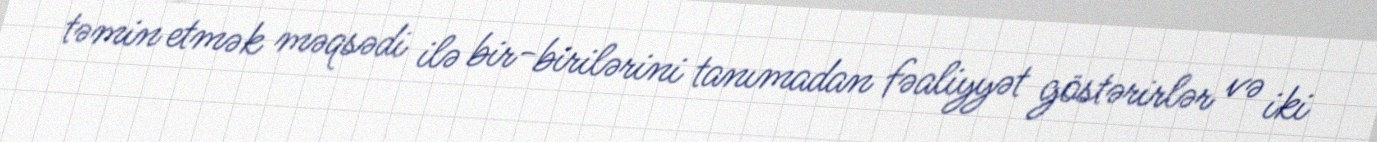
təmin etmək məqsədi ilə bir-birilərini tanımadan fəaliyyət göstərirlər və iki